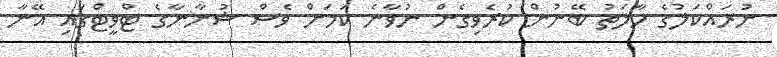
ނުރައްކަލުގެ ހާލަތު ބޭނުން ކުރެވިގެން ނުވާނެ ކަމަށް ވެސް ޝުނާނާގެ ޓްވީޓްގައި އޭނާ